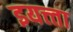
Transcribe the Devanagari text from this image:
इयत्त्ता